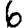
Digit: 6